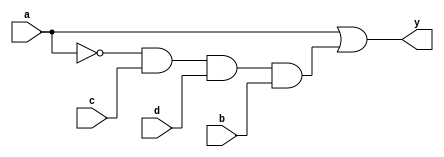
module clb_bj(
	input a,
	input b,
	input c,
	input d,
	output y
);

	wire f;
	
	assign f = a | ~a & c & d & b;
	assign y = f;

endmodule